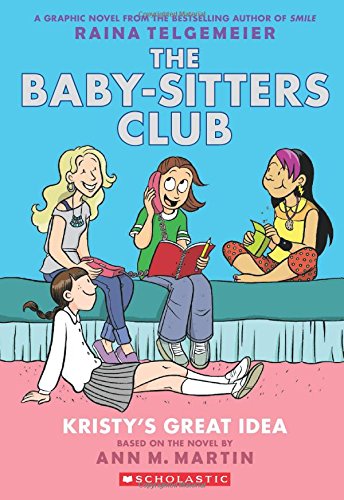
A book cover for Kristy's Great Idea: Full-Color Edition (The Baby-Sitters Club Graphix #1); Ann M. Martin; Children's Books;